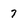
Character: 7